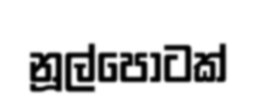
නූල්පොටක්